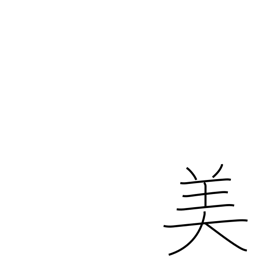
Meaning: beautiful